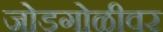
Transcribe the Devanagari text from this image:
जोडगोळीवर